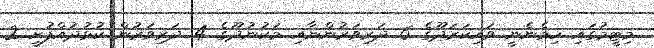
މިޓީމުގައި ހިމެނެނީ ވައިކަރަދޫގެ 6 ދަރިވަރުންނާއި މަކުނުދޫގެ 4 ދަރިވަރުން ކުޅުދުއްފުށީ 2